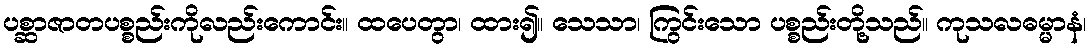
ပစ္ဆာဇာတပစ္စည်းကိုလည်းကောင်း။ ထပေတွာ၊ ထား၍။ သေသာ၊ ကြွင်းသော ပစ္စည်းတို့သည်။ ကုသလဓမ္မာနံ၊